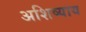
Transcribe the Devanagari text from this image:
अशिष्याय